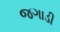
જગાડી